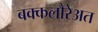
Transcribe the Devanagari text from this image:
बक्कलौरेअत